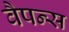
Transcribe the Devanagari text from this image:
वैपन्स